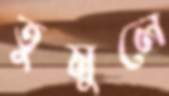
তুমুলে